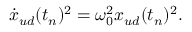
\dot { x } _ { u d } ( t _ { n } ) ^ { 2 } = \omega _ { 0 } ^ { 2 } x _ { u d } ( t _ { n } ) ^ { 2 } .